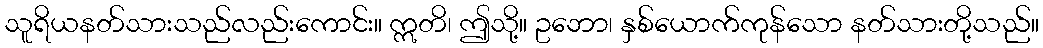
သူရိယနတ်သားသည်လည်းကောင်း။ ဣတိ၊ ဤသို့။ ဥဘော၊ နှစ်ယောက်ကုန်သော နတ်သားတို့သည်။